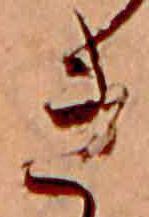
き